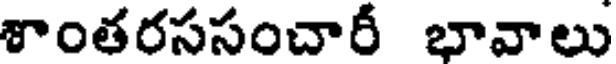
శాంతరససంచారీ భావాలు